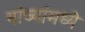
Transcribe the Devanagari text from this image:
यांच्यांमध्ये